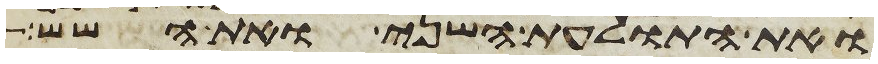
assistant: ואת התולעת השני ואת השש